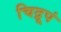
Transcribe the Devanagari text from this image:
चिद्रूपं